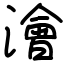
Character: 澮